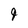
Character: 9